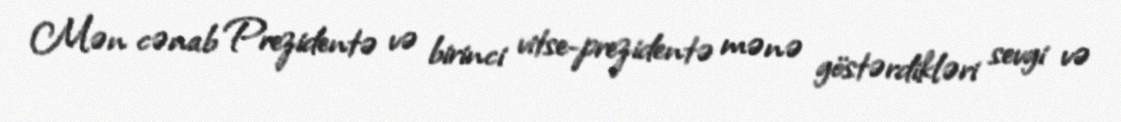
Mən cənab Prezidentə və birinci vitse-prezidentə mənə göstərdikləri sevgi və